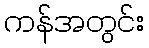
ကန်အတွင်း